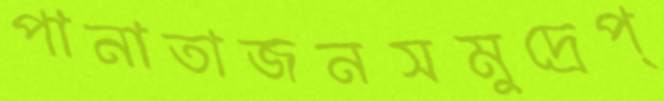
পানাতাজনসমুদ্রেপ্